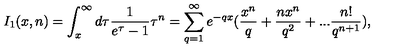
I _ { 1 } ( x , n ) = \int _ { x } ^ { \infty } d \tau \frac { 1 } { e ^ { \tau } - 1 } \tau ^ { n } = \sum _ { q = 1 } ^ { \infty } e ^ { - q x } ( \frac { x ^ { n } } { q } + \frac { n x ^ { n } } { q ^ { 2 } } + . . . \frac { n ! } { q ^ { n + 1 } } ) ,